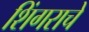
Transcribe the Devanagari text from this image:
शिंगराचे